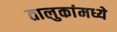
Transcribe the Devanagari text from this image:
तालुकांमध्ये